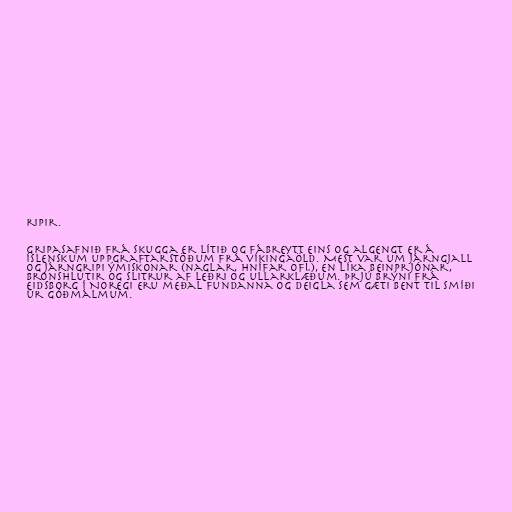
ripir.

Gripasafnið frá Skugga er lítið og fábreytt eins og algengt er á
íslenskum uppgraftarstöðum frá víkingaöld. Mest var um járngjall
og járngripi ýmiskonar (naglar, hnífar ofl), en líka beinprjónar,
bronshlutir og slitrur af leðri og ullarklæðum. Þrjú brýni frá
Eidsborg í Noregi eru meðal fundanna og deigla sem gæti bent til smíði
úr góðmálmum.